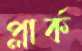
প্লার্ক